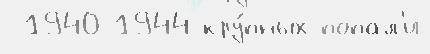
 1940-1944 кру́пных попал'и